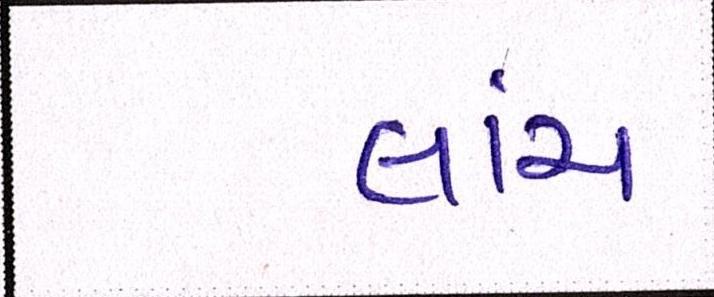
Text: લાંચ